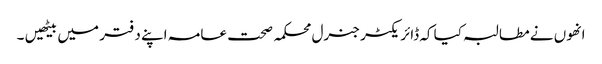
انھوں نے مطالبہ کیا کہ ڈائریکٹر جنرل محکمہ صحت عامہ اپنے دفتر میں بیٹھیں ۔